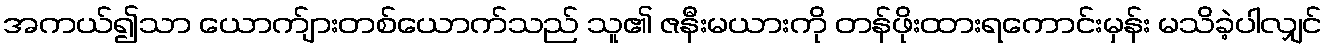
အကယ်၍သာ ယောက်ျားတစ်ယောက်သည် သူ၏ ဇနီးမယားကို တန်ဖိုးထားရကောင်းမှန်း မသိခဲ့ပါလျှင်